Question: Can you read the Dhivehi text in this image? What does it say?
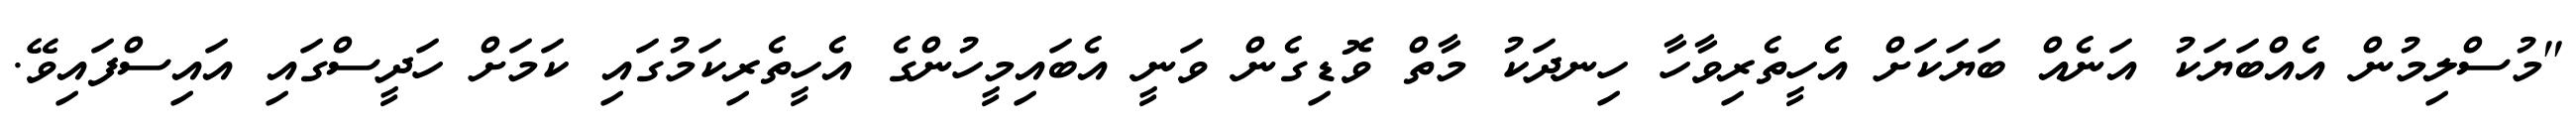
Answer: "މުސްލިމުން އެއްބަޔަކު އަނެއް ބަޔަކަށް އެހީތެރިވާހާ ހިނދަކު މާތް ވޮޑިގެން ވަނީ އެބައިމީހުންގެ އެހީތެރިކަމުގައި ކަމަށް ހަދީސްގައި އައިސްފައިވޭ.